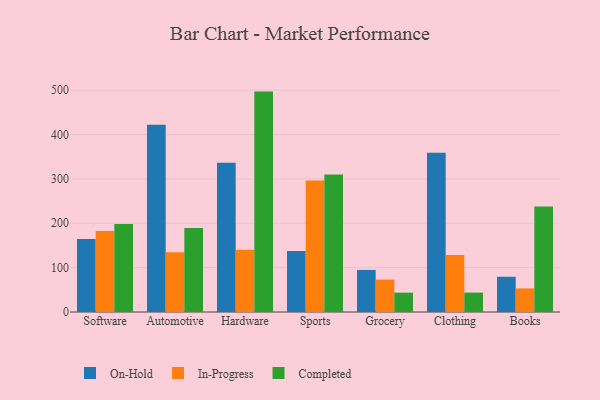
{"axis": {"x": "Category", "y": "Revenue (USD Million)"}, "legend": ["Completed", "In-Progress", "On-Hold"], "data": [{"x": "Software", "y": 164.5, "type": "On-Hold"}, {"x": "Software", "y": 182.5, "type": "In-Progress"}, {"x": "Software", "y": 198.3, "type": "Completed"}, {"x": "Automotive", "y": 422.3, "type": "On-Hold"}, {"x": "Automotive", "y": 134.5, "type": "In-Progress"}, {"x": "Automotive", "y": 189.6, "type": "Completed"}, {"x": "Hardware", "y": 336.3, "type": "On-Hold"}, {"x": "Hardware", "y": 140.1, "type": "In-Progress"}, {"x": "Hardware", "y": 496.9, "type": "Completed"}, {"x": "Sports", "y": 137.4, "type": "On-Hold"}, {"x": "Sports", "y": 296.6, "type": "In-Progress"}, {"x": "Sports", "y": 309.9, "type": "Completed"}, {"x": "Grocery", "y": 94.9, "type": "On-Hold"}, {"x": "Grocery", "y": 73.0, "type": "In-Progress"}, {"x": "Grocery", "y": 43.6, "type": "Completed"}, {"x": "Clothing", "y": 358.9, "type": "On-Hold"}, {"x": "Clothing", "y": 128.6, "type": "In-Progress"}, {"x": "Clothing", "y": 43.8, "type": "Completed"}, {"x": "Books", "y": 79.5, "type": "On-Hold"}, {"x": "Books", "y": 53.2, "type": "In-Progress"}, {"x": "Books", "y": 237.9, "type": "Completed"}]}